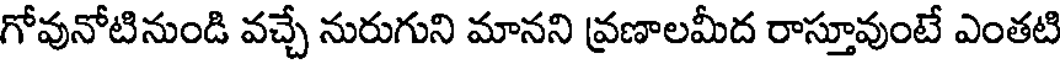
గోవునోటినుండి వచ్చే నురుగుని మానని వ్రణాలమీద రాస్తూవుంటే ఎంతటి